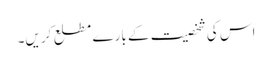
اس کی شخصیت کے بارے مطلع کریں۔